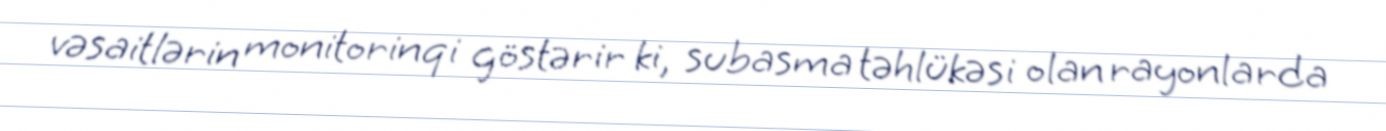
vəsaitlərin monitorinqi göstərir ki, subasma təhlükəsi olan rayonlarda